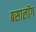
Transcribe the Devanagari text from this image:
बसालॉग